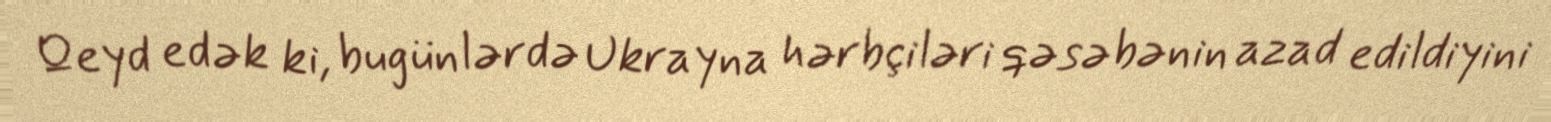
Qeyd edək ki, bugünlərdə Ukrayna hərbçiləri qəsəbənin azad edildiyini